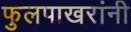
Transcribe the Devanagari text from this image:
फुलपाखरांनी